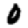
Digit: 0